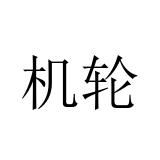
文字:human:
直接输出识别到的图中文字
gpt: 机轮